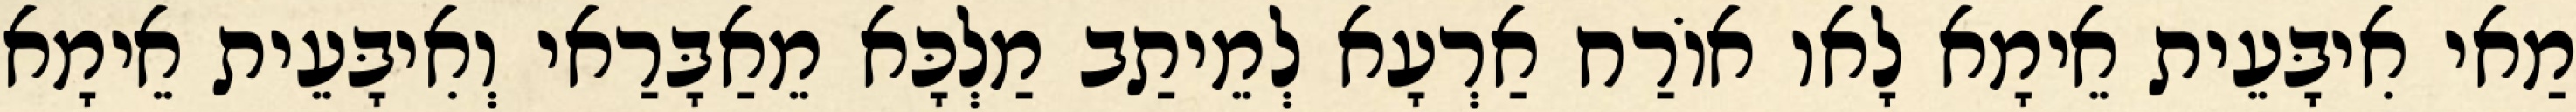
מַאי אִיבָּעֵית אֵימָא לָאו אוֹרַח אַרְעָא לְמֵיתַב מַלְכָּא מֵאַבָּרַאי וְאִיבָּעֵית אֵימָא